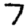
Digit: 7